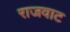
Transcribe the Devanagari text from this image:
राजवाट